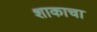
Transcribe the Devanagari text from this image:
शाकाचा